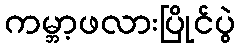
ကမ္ဘာ့ဖလားပြိုင်ပွဲ